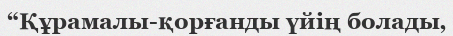
“Құрамалы-қорғанды үйің болады‚